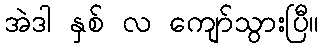
အဲဒါ နှစ် လ ကျော်သွားပြီ။